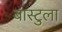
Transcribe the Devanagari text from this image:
बास्टुला